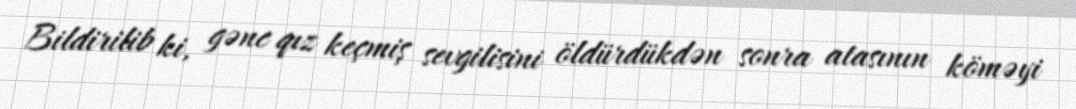
Bildirilib ki, gənc qız keçmiş sevgilisini öldürdükdən sonra atasının köməyi